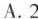
A.2